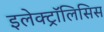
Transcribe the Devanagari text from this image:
इलेक्ट्रॉलिसिस